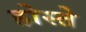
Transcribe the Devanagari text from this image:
होस्ते